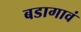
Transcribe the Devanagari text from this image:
बडागावं